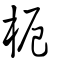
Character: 𣐖